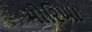
મોરિખા